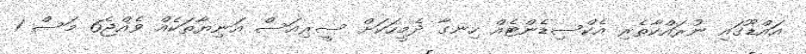
އައްޑޫގައި ނުރައްކާތެރި އެކްސިޑެންޓެއް ހިނގާ ދެމީހަކަށް ސީރިއަސް އަނިޔާތަކެއް ވެއްޖެ6 މަސް 1